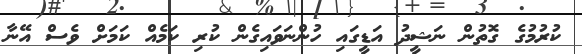
ކުރުމުގެ ގޮތުން ނަޝީދު އަޑީގައި ހުންނަވައިގެން ކުރި ކަމެއް ކަމަށް ވެސް އޭނާ